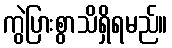
ကွဲပြားစွာသိရှိရမည်။